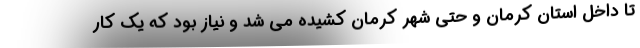
تا داخل استان کرمان و حتی شهر کرمان کشیده می شد و نیاز بود که یک کار